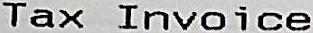
TAX INVOICE